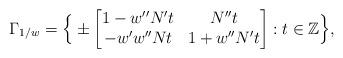
LaTeX: \begin{align*} \Gamma_{1/w}=\Big\{\pm\begin{bmatrix}1-w^{\prime\prime}N^{\prime}t & N^{\prime\prime}t \\ -w^{\prime}w^{\prime\prime}Nt & 1+w^{\prime\prime}N^{\prime}t \end{bmatrix}: t\in \mathbb{Z} \Big\}, \end{align*}